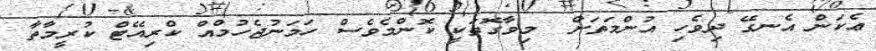
ޢެކަން އެނގޭ ދިވެހި އުންމަތަށް  މިވާގޮތަކީ ކޮންމެވެސް ހަމަނުޖެހުމްއް ކްރިއޭޓް ކުރީމާތާ